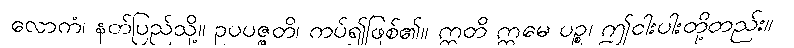
လောကံ၊ နတ်ပြည်သို့။ ဥပပဇ္ဇတိ၊ ကပ်၍ဖြစ်၏။ ဣတိ ဣမေ ပဉ္စ၊ ဤငါးပါးတို့တည်း။